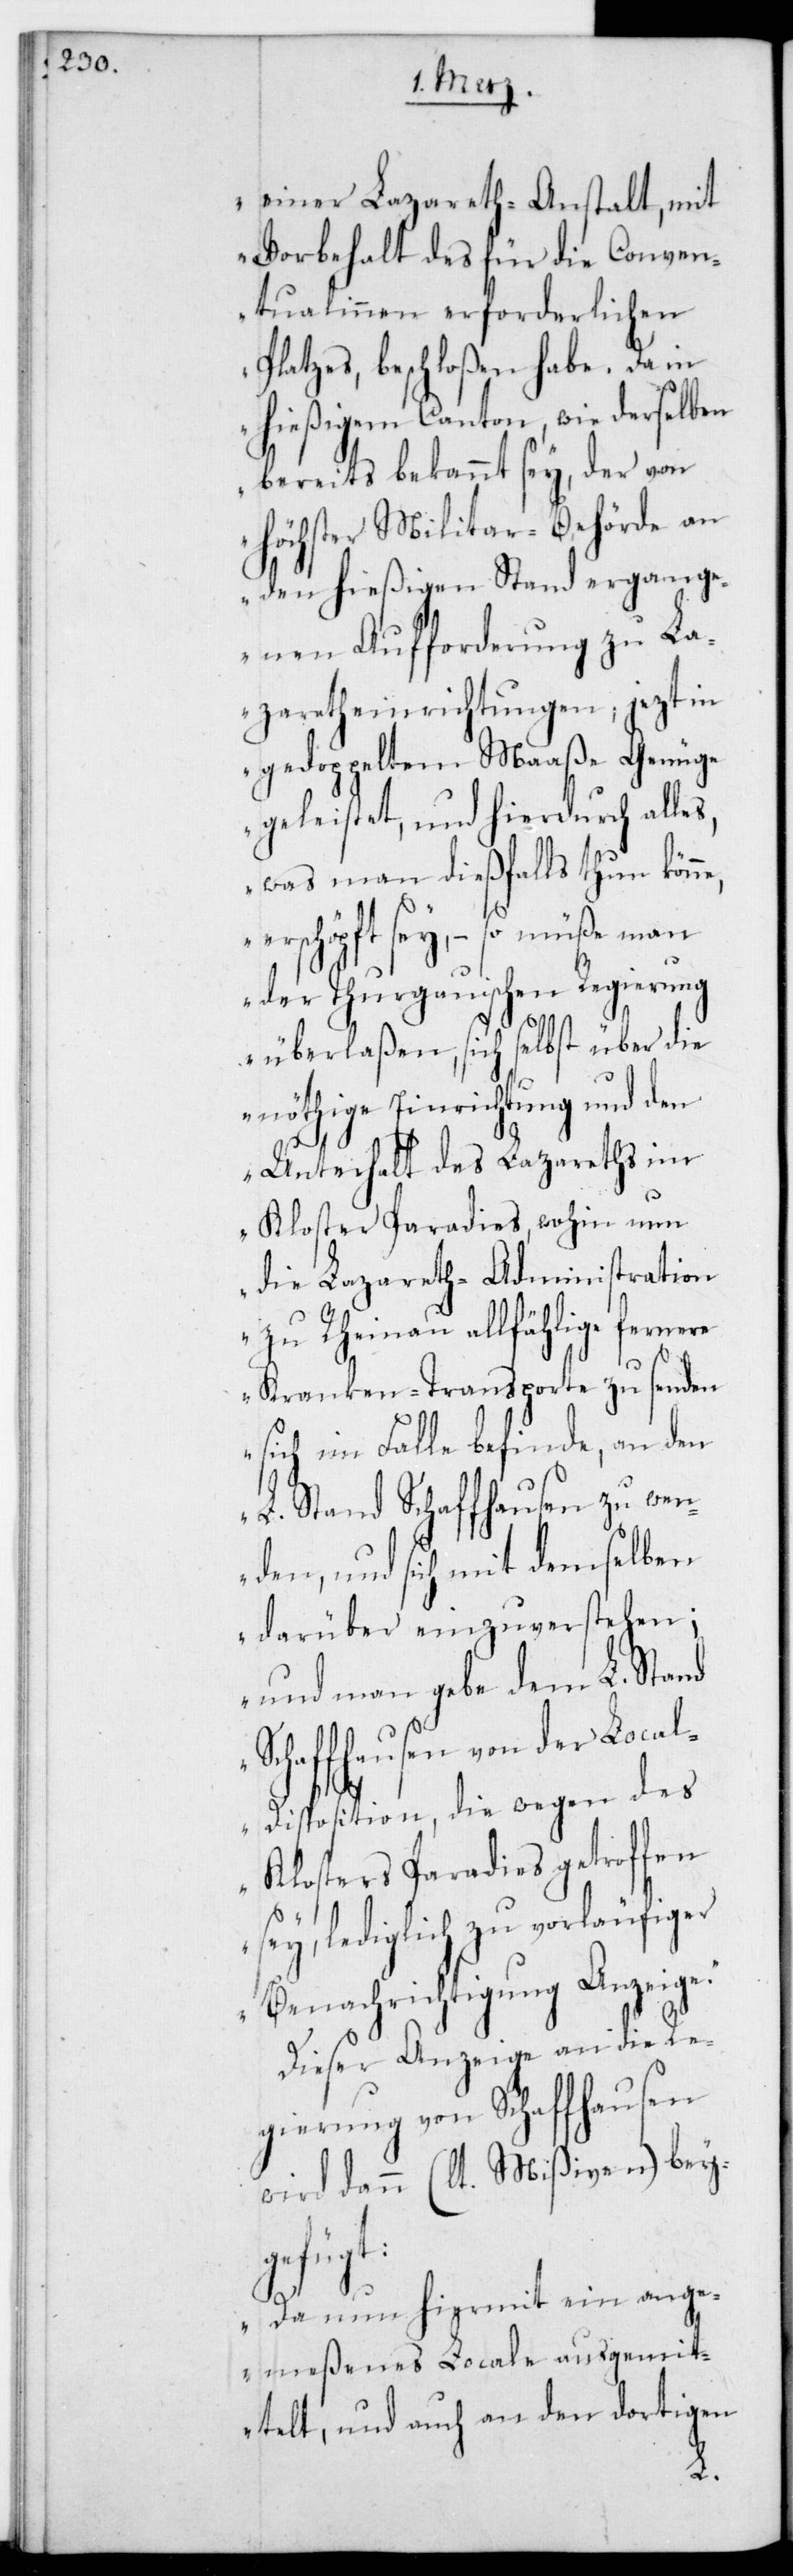
einer Lazareth-Anstalt mit
Vorbehalt des für die Conven¬
tualien erforderlichen
Platzes, beschloßen habe. Da in
hießigem Canton, wie derselben
bereits bekannt sey, der von
höchster Militar-Behörde an
den hießigen Stand ergang¬
enen Aufforderung zu La¬
zareth-Einrichtungen, jetzt in
gedoppeltem Maaße Genüge
geleistet, und hierdurch alle¬
s, was man dießfalls thun könn¬
erschöpft sey, – so müße man
der Thurgauischen Regierung
überlaßen, sich selbst über die
nöthige Einrichtung und den
Unterhalt des Lazareths im
Kloster Paradies, wohin nun
die Lazareth-Administration
zu Rheinau allfählige fernere
Krankentransporte zu senden
sich im Falle befinde, an den
L. Stand Schaffhausen zu wen¬
den, und sich mit demselben
darüber einzuverstehen;
und man gebe dem L. Stand
Schaffhausen von der Local¬
disposition, die wegen des
Klosters Paradies getroffen
sey, lediglich zu vorläufiger
Benachrichtigung Anzeige“.
Dieser Anzeige an die Re¬
gierung von Schaffhausen
wird dann (lt. Mißiven) bey¬
gefügt:
„Da nun hiermit ein ange¬
meßenes Locale ausgemit¬
e,
telt, und auch an den dortigen